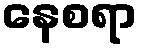
နေစရာ